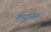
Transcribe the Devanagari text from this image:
कम्यूनिस्म